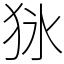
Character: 𤝣